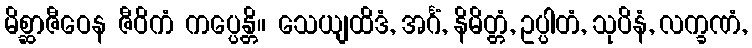
မိစ္ဆာဇီဝေန ဇီဝိကံ ကပ္ပေန္တိ။ သေယျထိဒံ, အင်္ဂံ, နိမိတ္တံ, ဥပ္ပါတံ, သုပိနံ, လက္ခဏံ,